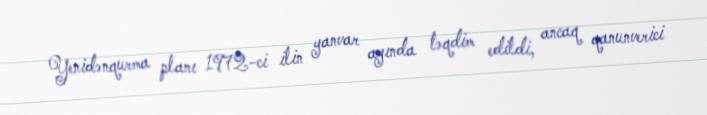
Yenidənqurma planı 1972-ci ilin yanvar ayında təqdim edildi, ancaq qanunverici